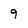
Character: 9